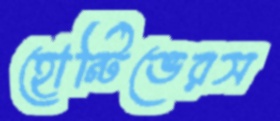
হোন্টিভেরস